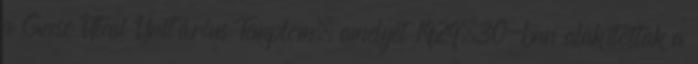
a Gecse Utcai Unitárius Templom, amelyet 1929–30-ban alakítottak a